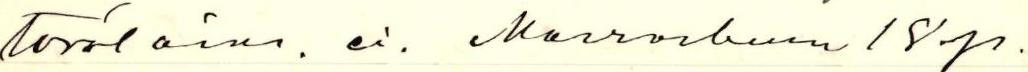
Torstaina. ei. Marraskuun 18 p.